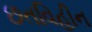
છતવિહીન